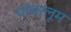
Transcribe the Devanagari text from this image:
पॉवरलूम